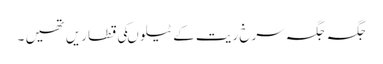
جگہ جگہ سرخ ریت کے ٹیلوںکی قطاریں تھیں ۔